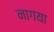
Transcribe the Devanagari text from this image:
नागया